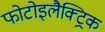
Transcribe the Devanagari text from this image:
फोटोइलैक्ट्रिक